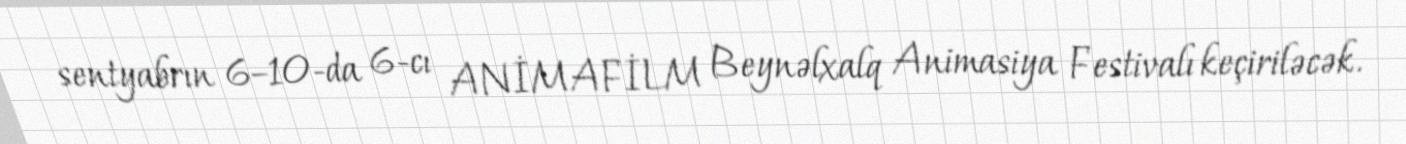
sentyabrın 6–10-da 6-cı ANİMAFİLM Beynəlxalq Animasiya Festivalı keçiriləcək.